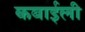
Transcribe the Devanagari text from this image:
कबाईली